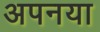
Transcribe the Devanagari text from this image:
अपनया